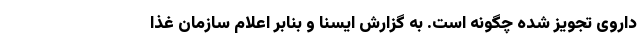
داروی تجویز شده چگونه است. به گزارش ایسنا و بنابر اعلام سازمان غذا